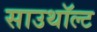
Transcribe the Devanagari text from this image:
साउथॉल्ट